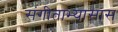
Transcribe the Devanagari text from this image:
संगीताभ्यासास